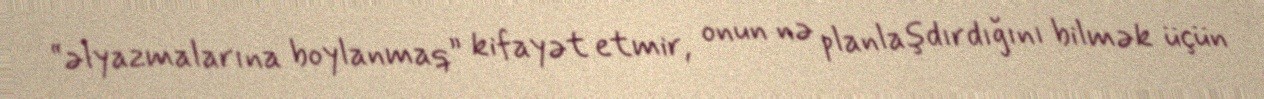
“əlyazmalarına boylanmaq” kifayət etmir, onun nə planlaşdırdığını bilmək üçün